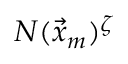
N ( \vec { x } _ { m } ) ^ { \zeta }